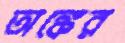
অঙ্কের